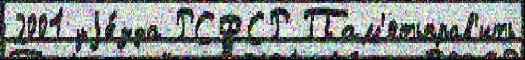
2001 уjе́зда РСФСР Пам'ятьправ'ить